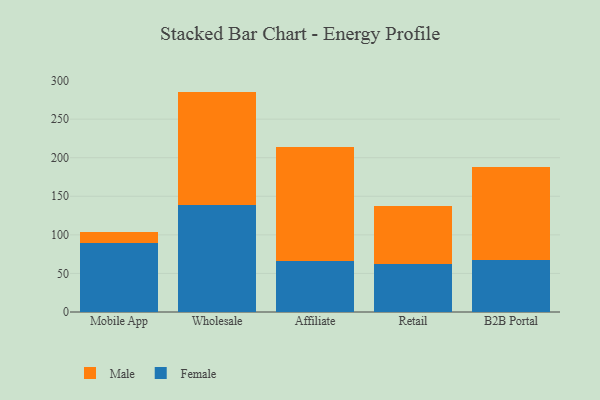
{"axis": {"x": "Channel", "y": "Backlog"}, "legend": ["Female", "Male"], "data": [{"x": "Mobile App", "y": 89.6, "type": "Female"}, {"x": "Mobile App", "y": 13.8, "type": "Male"}, {"x": "Wholesale", "y": 138.5, "type": "Female"}, {"x": "Wholesale", "y": 147.2, "type": "Male"}, {"x": "Affiliate", "y": 66.7, "type": "Female"}, {"x": "Affiliate", "y": 147.0, "type": "Male"}, {"x": "Retail", "y": 62.0, "type": "Female"}, {"x": "Retail", "y": 75.2, "type": "Male"}, {"x": "B2B Portal", "y": 67.0, "type": "Female"}, {"x": "B2B Portal", "y": 120.4, "type": "Male"}]}